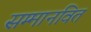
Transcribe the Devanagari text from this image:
सम्मानवित